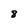
Character: 8